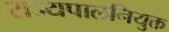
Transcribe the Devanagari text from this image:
राज्यपालनियुक्त